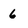
Character: 6